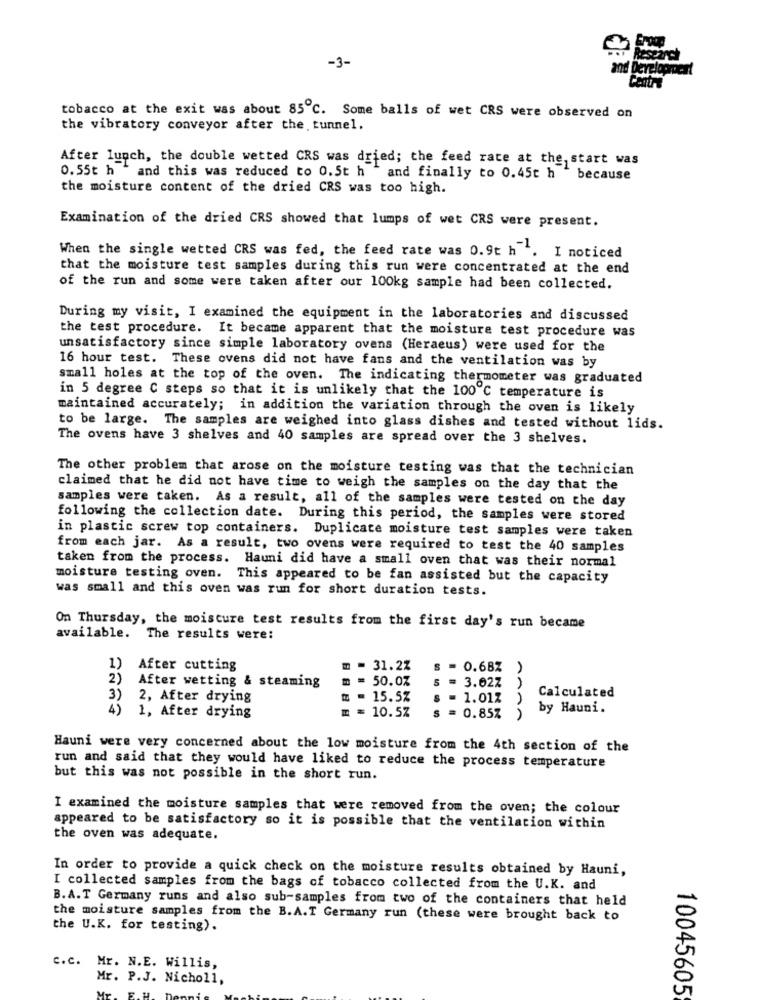
-3-
ad Development
Centre
tobacco at the exit was about 85℃. Some balls of wet CRS were observed on
the vibratory conveyor after the tunnel.
After lunch, the double wetted CRS was dried; the feed rate at the, start was
0.55t h
and this was reduced to 0. 5t h
and finally to 0.45c h because
the moisture content of the dried CRS was too high.
Examination of the dried CRS showed that lumps of wet CRS were present.
When the single wetted CRS was fed, the feed rate was 0.9t h . I noticed
that the moisture test samples during this run were concentrated at the end
of the run and some were taken after our 100kg sample had been collected.
During my visit, I examined the equipment in the laboratories and discussed
the test procedure. It became apparent that the moisture test procedure was
unsatisfactory since simple laboratory ovens (Heraeus) were used for the
16 hour test. These ovens did not have fans and the ventilation was by
small holes at the top of the oven. The indicating thermometer was graduated
in 5 degree C steps so that it is unlikely that the 100 ℃ temperature is
maintained accurately; in addition the variation through the oven is likely
to be large. The samples are weighed into glass dishes and tested without lids.
The ovens have 3 shelves and 40 samples are spread over the 3 shelves.
The other problem that arose on the moisture testing was that the technician
claimed that he did not have time to weigh the samples on the day that the
samples were taken. As a result, all of the samples were tested on the day
following the collection date. During this period, the samples were stored
in plastic screw top containers. Duplicate moisture test samples were taken
from each jar. As a result, two ovens were required to test the 40 samples
taken from the process. Hauni did have a small oven that was their normal
moisture testing oven. This appeared to be fan assisted but the capacity
was small and this oven was run for short duration tests.
On Thursday, the moisture test results from the first day's run became
available. The results were:
1)
After cutting
= = 31.2%
S
0.68% )
2)
After wetting & steaming
= = 50.0%
5 = 3.02Z
Calculated
3)
2, After drying
= 15.5%
1.01%
AA
4)
m = 10.57
by Hauni.
1, After drying
= 0.85%
Hauni were very concerned about the low moisture from the 4th section of the
run and said that they would have liked to reduce the process temperature
but this was not possible in the short run.
I examined the moisture samples that were removed from the oven; the colour
appeared to be satisfactory so it is possible that the ventilation within
the oven was adequate.
In order to provide a quick check on the moisture results obtained by Hauni,
I collected samples from the bags of tobacco collected from the U.K. and
B.A.T Germany runs and also sub-samples from two of the containers that held
the moisture samples from the B.A.T Germany run (these were brought back to
the U.K. for testing).
C.c. Mr. N.E. Willis,
Mr. P.J. Nicholl,
10045605